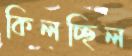
কিলচ্ছিল